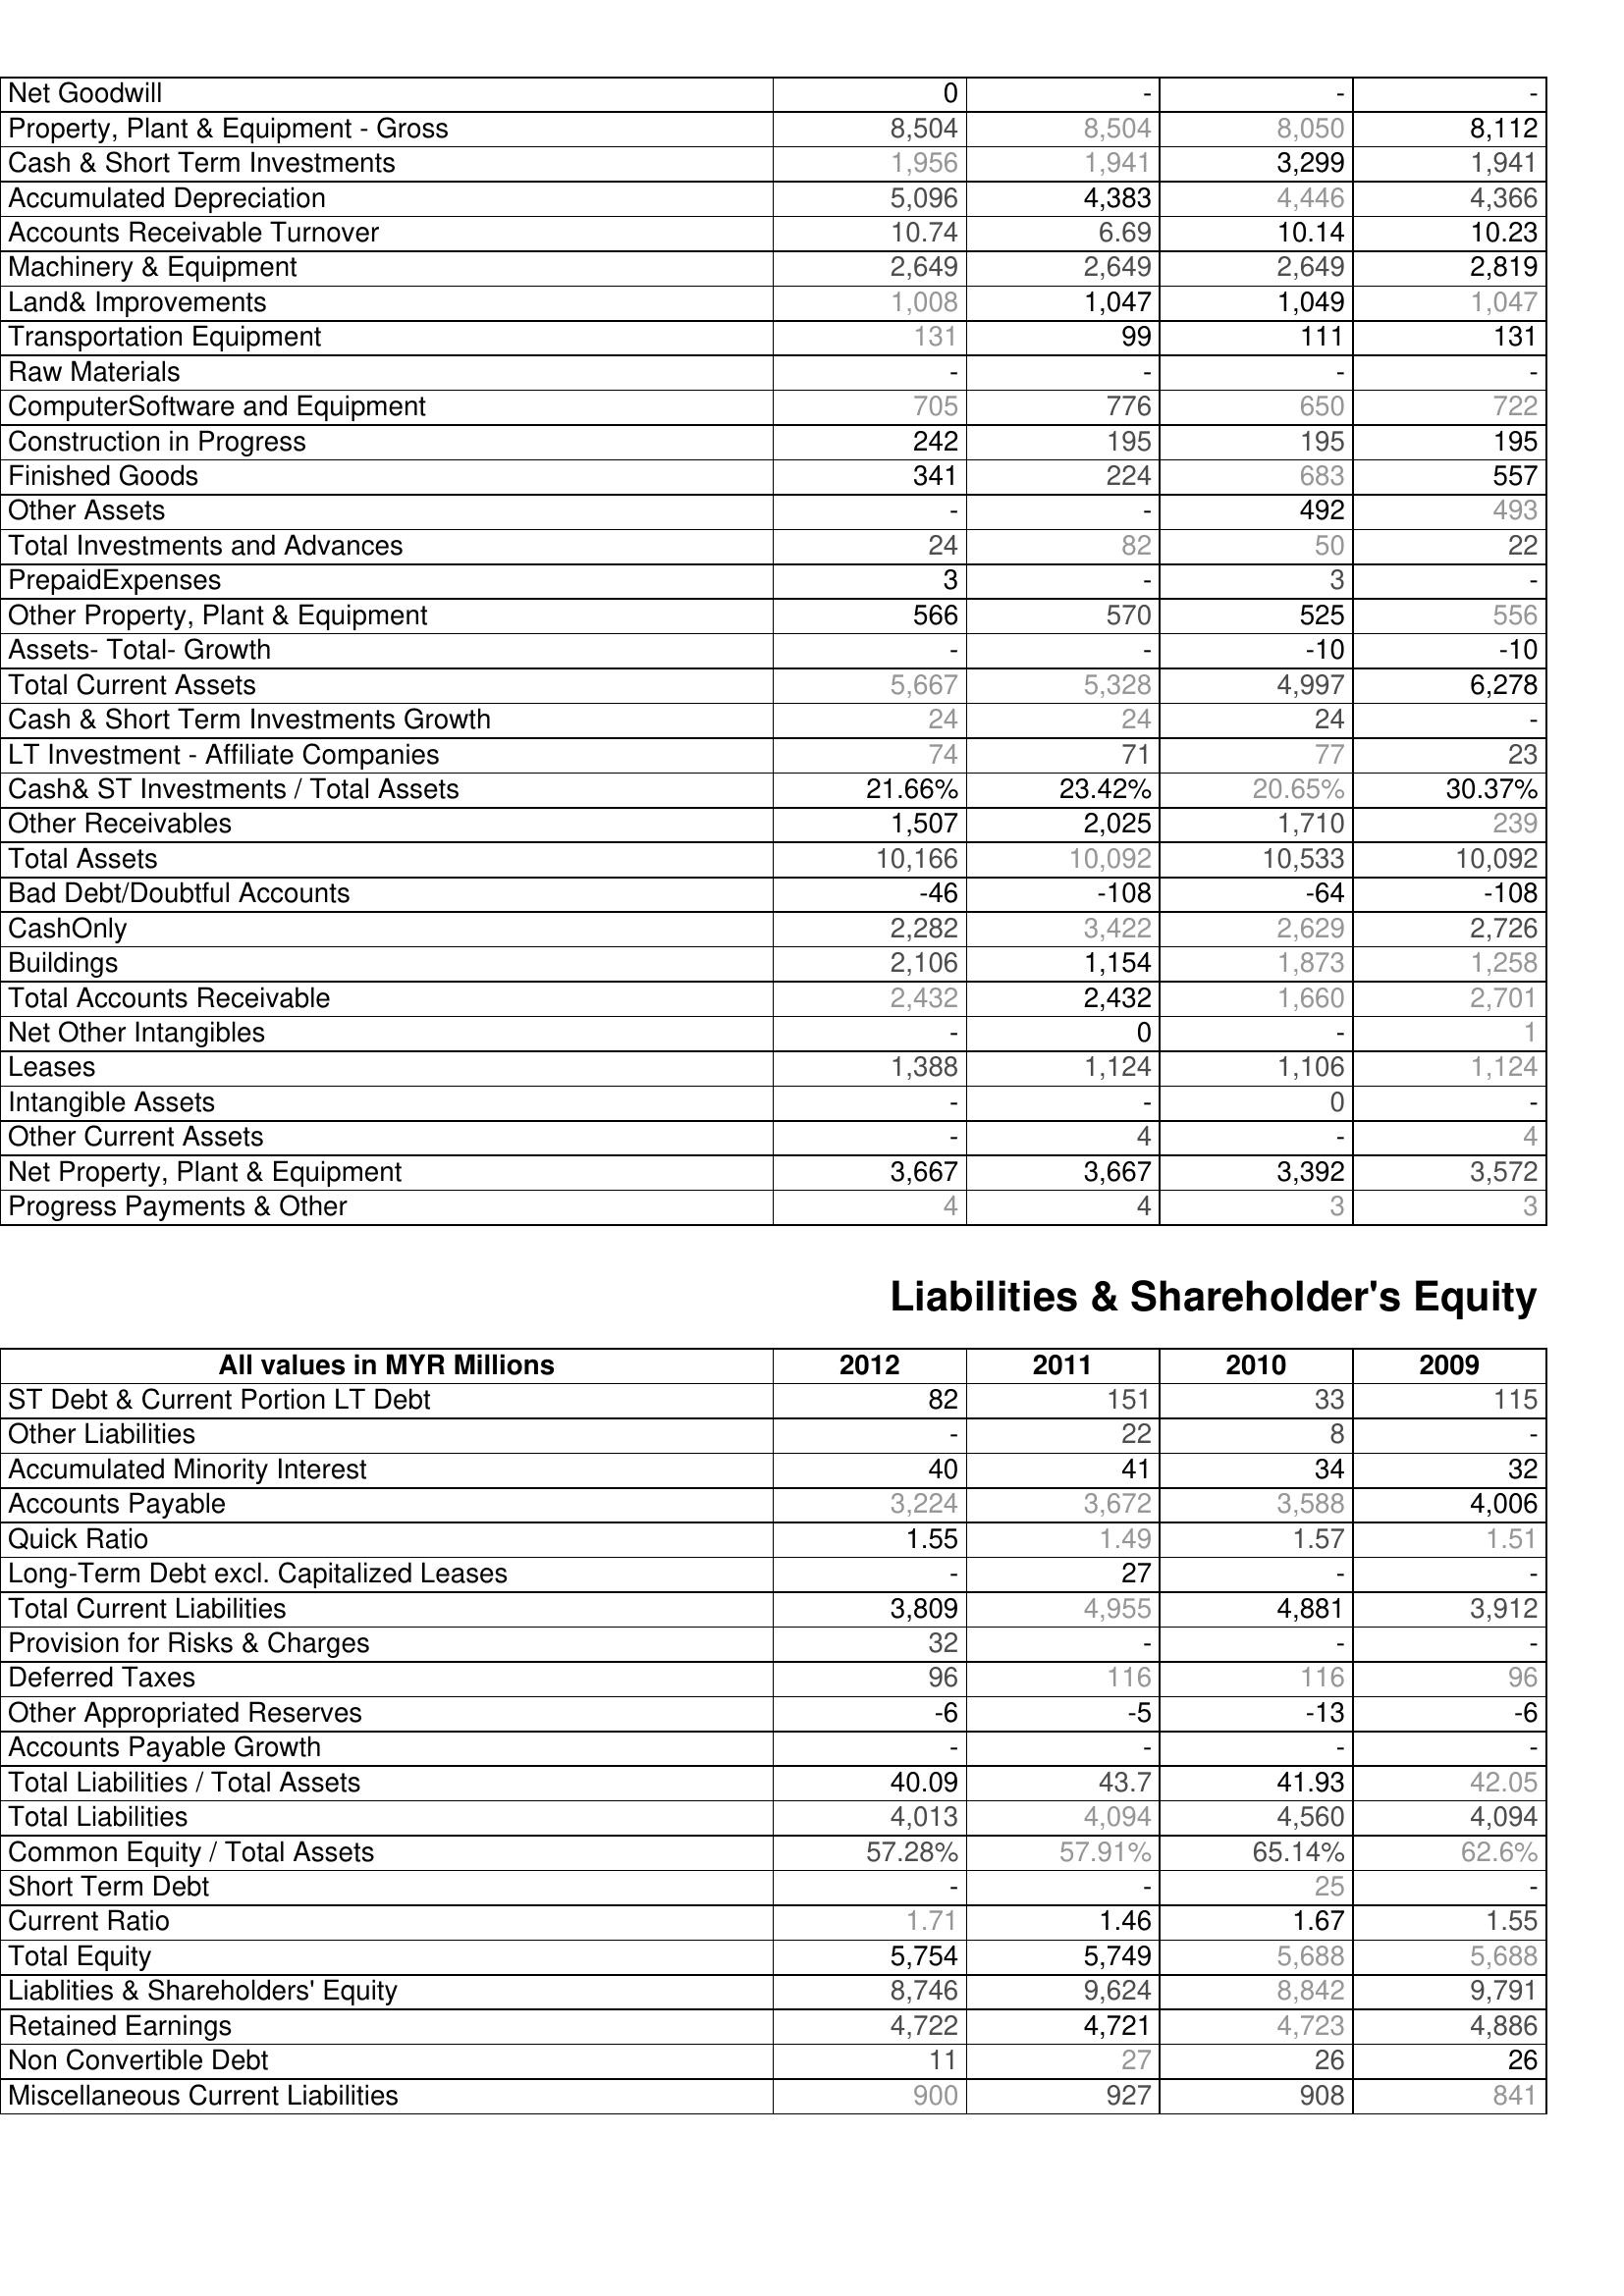
2012: Assets: Net Goodwill: 0
Property, Plant & Equipment - Gross : 8,504
Cash & Short Term Investments: 1,956
Accumulated Depreciation: 5,096
Accounts Receivable Turnover: 10.74
Machinery & Equipment: 2,649
Land& Improvements: 1,008
Transportation Equipment: 131
Raw Materials: -
ComputerSoftware and Equipment: 705
Construction in Progress: 242
Finished Goods: 341
Other Assets: -
Total Investments and Advances: 24
PrepaidExpenses: 3
Other Property, Plant & Equipment: 566
Assets- Total- Growth: -
Total Current Assets: 5,667
Cash & Short Term Investments Growth: 24
LT Investment - Affiliate Companies: 74
Cash& ST Investments / Total Assets: 21.66%
Other Receivables: 1,507
Total Assets: 10,166
Bad Debt/Doubtful Accounts: -46
CashOnly: 2,282
Buildings: 2,106
Total Accounts Receivable: 2,432
Net Other Intangibles: -
Leases: 1,388
Intangible Assets: -
Other Current Assets: -
Net Property, Plant & Equipment: 3,667
Progress Payments & Other: 4
Liabilities & Shareholder's Equity: ST Debt & Current Portion LT Debt: 82
Other Liabilities: -
Accumulated Minority Interest: 40
Accounts Payable: 3,224
Quick Ratio: 1.55
Long-Term Debt excl. Capitalized Leases: -
Total Current Liabilities: 3,809
Provision for Risks & Charges: 32
Deferred Taxes: 96
Other Appropriated Reserves: -6
Accounts Payable Growth: -
Total Liabilities / Total Assets: 40.09
Total Liabilities: 4,013
Common Equity / Total Assets: 57.28%
Short Term Debt: -
Current Ratio: 1.71
Total Equity: 5,754
Liablities & Shareholders' Equity: 8,746
Retained Earnings: 4,722
Non Convertible Debt: 11
Miscellaneous Current Liabilities: 900
2011: Assets: Net Goodwill: -
Property, Plant & Equipment - Gross : 8,504
Cash & Short Term Investments: 1,941
Accumulated Depreciation: 4,383
Accounts Receivable Turnover: 6.69
Machinery & Equipment: 2,649
Land& Improvements: 1,047
Transportation Equipment: 99
Raw Materials: -
ComputerSoftware and Equipment: 776
Construction in Progress: 195
Finished Goods: 224
Other Assets: -
Total Investments and Advances: 82
PrepaidExpenses: -
Other Property, Plant & Equipment: 570
Assets- Total- Growth: -
Total Current Assets: 5,328
Cash & Short Term Investments Growth: 24
LT Investment - Affiliate Companies: 71
Cash& ST Investments / Total Assets: 23.42%
Other Receivables: 2,025
Total Assets: 10,092
Bad Debt/Doubtful Accounts: -108
CashOnly: 3,422
Buildings: 1,154
Total Accounts Receivable: 2,432
Net Other Intangibles: 0
Leases: 1,124
Intangible Assets: -
Other Current Assets: 4
Net Property, Plant & Equipment: 3,667
Progress Payments & Other: 4
Liabilities & Shareholder's Equity: ST Debt & Current Portion LT Debt: 151
Other Liabilities: 22
Accumulated Minority Interest: 41
Accounts Payable: 3,672
Quick Ratio: 1.49
Long-Term Debt excl. Capitalized Leases: 27
Total Current Liabilities: 4,955
Provision for Risks & Charges: -
Deferred Taxes: 116
Other Appropriated Reserves: -5
Accounts Payable Growth: -
Total Liabilities / Total Assets: 43.7
Total Liabilities: 4,094
Common Equity / Total Assets: 57.91%
Short Term Debt: -
Current Ratio: 1.46
Total Equity: 5,749
Liablities & Shareholders' Equity: 9,624
Retained Earnings: 4,721
Non Convertible Debt: 27
Miscellaneous Current Liabilities: 927
2010: Assets: Net Goodwill: -
Property, Plant & Equipment - Gross : 8,050
Cash & Short Term Investments: 3,299
Accumulated Depreciation: 4,446
Accounts Receivable Turnover: 10.14
Machinery & Equipment: 2,649
Land& Improvements: 1,049
Transportation Equipment: 111
Raw Materials: -
ComputerSoftware and Equipment: 650
Construction in Progress: 195
Finished Goods: 683
Other Assets: 492
Total Investments and Advances: 50
PrepaidExpenses: 3
Other Property, Plant & Equipment: 525
Assets- Total- Growth: -10
Total Current Assets: 4,997
Cash & Short Term Investments Growth: 24
LT Investment - Affiliate Companies: 77
Cash& ST Investments / Total Assets: 20.65%
Other Receivables: 1,710
Total Assets: 10,533
Bad Debt/Doubtful Accounts: -64
CashOnly: 2,629
Buildings: 1,873
Total Accounts Receivable: 1,660
Net Other Intangibles: -
Leases: 1,106
Intangible Assets: 0
Other Current Assets: -
Net Property, Plant & Equipment: 3,392
Progress Payments & Other: 3
Liabilities & Shareholder's Equity: ST Debt & Current Portion LT Debt: 33
Other Liabilities: 8
Accumulated Minority Interest: 34
Accounts Payable: 3,588
Quick Ratio: 1.57
Long-Term Debt excl. Capitalized Leases: -
Total Current Liabilities: 4,881
Provision for Risks & Charges: -
Deferred Taxes: 116
Other Appropriated Reserves: -13
Accounts Payable Growth: -
Total Liabilities / Total Assets: 41.93
Total Liabilities: 4,560
Common Equity / Total Assets: 65.14%
Short Term Debt: 25
Current Ratio: 1.67
Total Equity: 5,688
Liablities & Shareholders' Equity: 8,842
Retained Earnings: 4,723
Non Convertible Debt: 26
Miscellaneous Current Liabilities: 908
2009: Assets: Net Goodwill: -
Property, Plant & Equipment - Gross : 8,112
Cash & Short Term Investments: 1,941
Accumulated Depreciation: 4,366
Accounts Receivable Turnover: 10.23
Machinery & Equipment: 2,819
Land& Improvements: 1,047
Transportation Equipment: 131
Raw Materials: -
ComputerSoftware and Equipment: 722
Construction in Progress: 195
Finished Goods: 557
Other Assets: 493
Total Investments and Advances: 22
PrepaidExpenses: -
Other Property, Plant & Equipment: 556
Assets- Total- Growth: -10
Total Current Assets: 6,278
Cash & Short Term Investments Growth: -
LT Investment - Affiliate Companies: 23
Cash& ST Investments / Total Assets: 30.37%
Other Receivables: 239
Total Assets: 10,092
Bad Debt/Doubtful Accounts: -108
CashOnly: 2,726
Buildings: 1,258
Total Accounts Receivable: 2,701
Net Other Intangibles: 1
Leases: 1,124
Intangible Assets: -
Other Current Assets: 4
Net Property, Plant & Equipment: 3,572
Progress Payments & Other: 3
Liabilities & Shareholder's Equity: ST Debt & Current Portion LT Debt: 115
Other Liabilities: -
Accumulated Minority Interest: 32
Accounts Payable: 4,006
Quick Ratio: 1.51
Long-Term Debt excl. Capitalized Leases: -
Total Current Liabilities: 3,912
Provision for Risks & Charges: -
Deferred Taxes: 96
Other Appropriated Reserves: -6
Accounts Payable Growth: -
Total Liabilities / Total Assets: 42.05
Total Liabilities: 4,094
Common Equity / Total Assets: 62.6%
Short Term Debt: -
Current Ratio: 1.55
Total Equity: 5,688
Liablities & Shareholders' Equity: 9,791
Retained Earnings: 4,886
Non Convertible Debt: 26
Miscellaneous Current Liabilities: 841